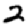
Digit: 2